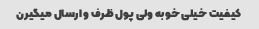
کیفیت خیلی خوبه ولی پول ظرف و ارسال میگیرن